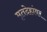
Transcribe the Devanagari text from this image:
मृतदेहांवर